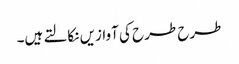
طرح طرح کی آوازیں نکالتے ہیں۔